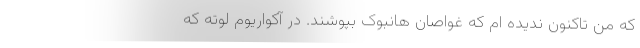
که من تاکنون ندیده ام که غواصان هانبوک بپوشند. در آکواریوم لوته که